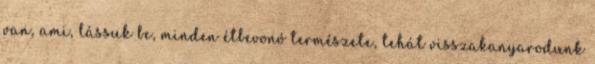
van, ami, lássuk be, minden étbevonó természete, tehát visszakanyarodunk